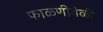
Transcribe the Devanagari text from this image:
फाळणीवेळी